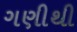
ગણીથી